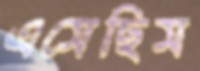
এসেছিস